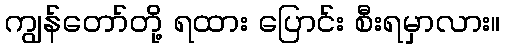
ကျွန်တော်တို့ ရထား ပြောင်း စီးရမှာလား။